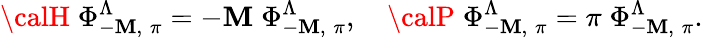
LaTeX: {\calH}\; \Phi_{-\mathbf{M},\; \pi}^{\Lambda}=-\mathbf{M}\; \Phi_{-\mathbf{M},\; \pi}^{\Lambda},\quad{\calP}\; \Phi_{-\mathbf{M},\; \pi}^{\Lambda}=\pi\; \Phi_{-\mathbf{M},\; \pi}^{\Lambda}.